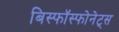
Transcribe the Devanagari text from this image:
बिस्फॉस्फोनेट्स